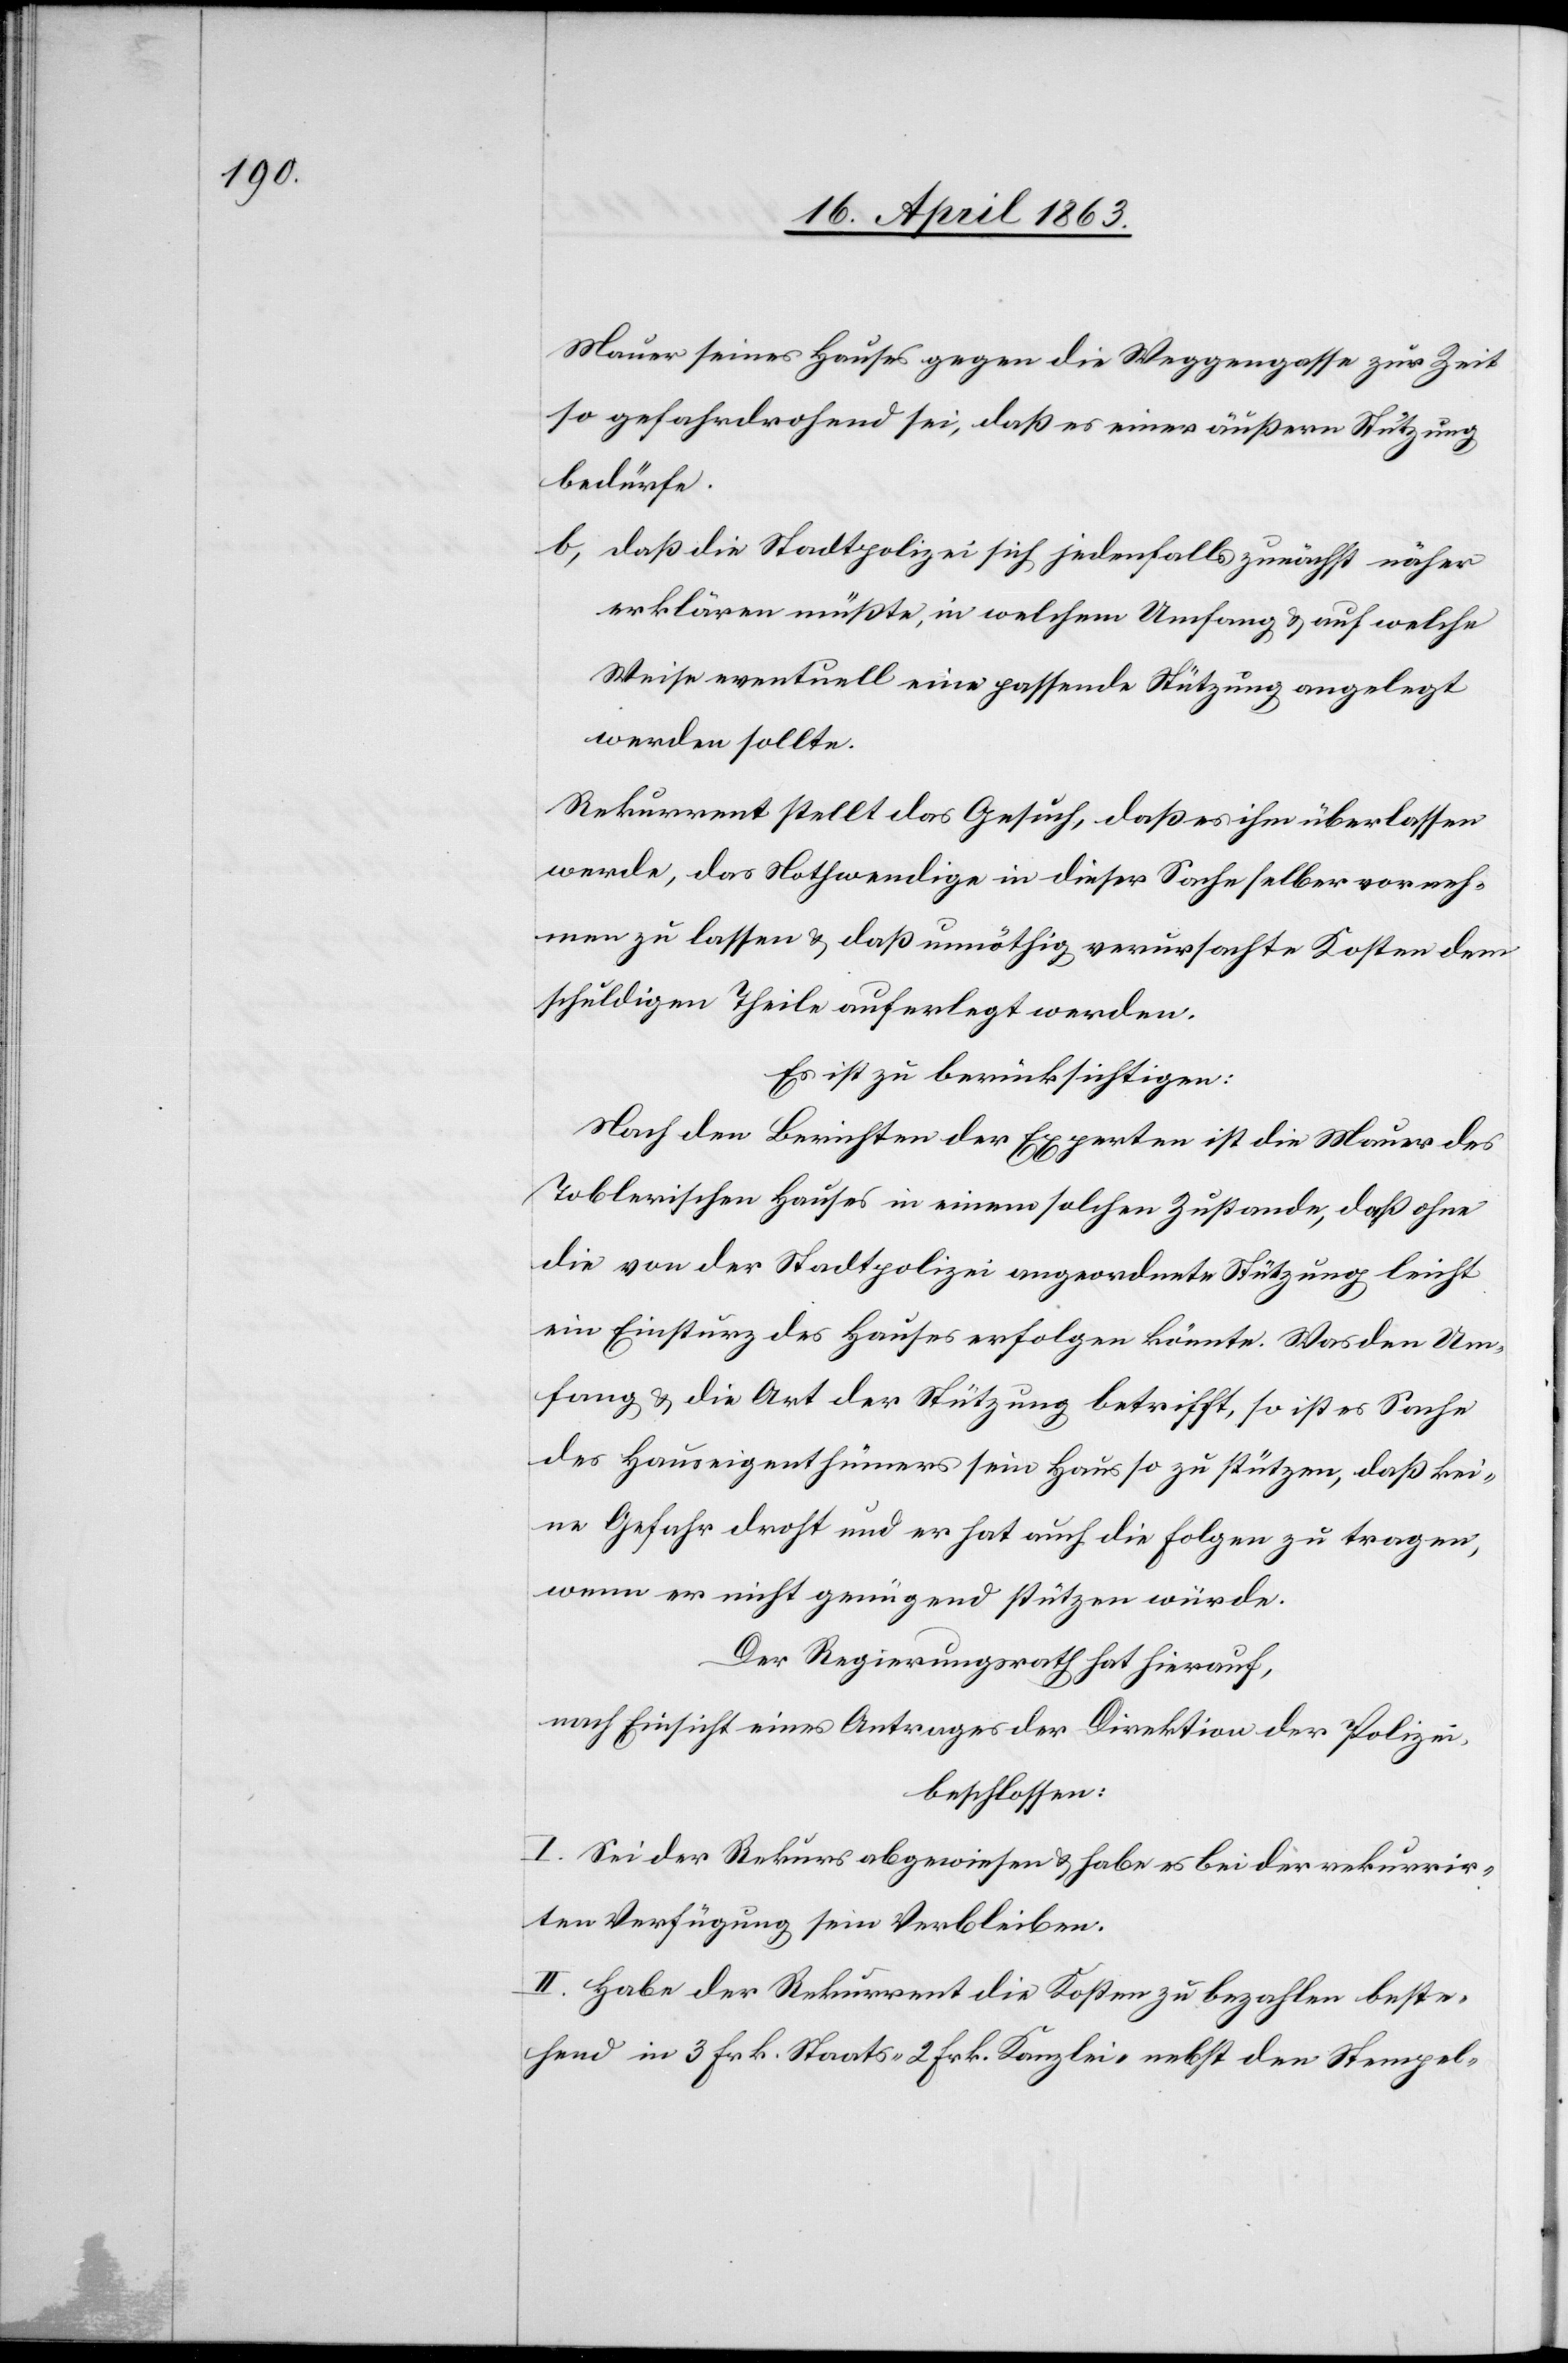
Mauer seines Hauses gegen die Weggengasse zur Zeit
so gefahrdrohend sei, daß es einer äußern Stützung
bedürfe.
b) daß die Stadtpolizei sich jedenfalls zunächst näher
erklären müßte, in welchem Umfang & auf welche
Weise eventuell eine passende Stützung angelegt
werden sollte.
Rekurrent stellt das Gesuch, daß es ihm überlassen
werde, das Nothwendige in dieser Sache selber vorneh¬
men zu lassen & daß unnöthig verursachte Kosten dem
schuldigen Theile auferlegt werden.
Es ist zu berücksichtigen:
Nach den Berichten der Experten ist die Mauer des
Toblerischen Hauses in einem solchen Zustande, daß ohne
die von der Stadtpolizei angeordnete Stützung leicht
ein Einsturz des Hauses erfolgen könnte. Was den Um¬
fang & die Art der Stützung betrifft, so ist es Sache
des Hauseigenthümers sein Haus so zu stützen, daß kei¬
ne Gefahr droht und er hat auch die Folgen zu tragen,
wenn er nicht genügend stützen würde.
Der Regierungsrath hat hierauf,
nach Einsicht eines Antrages der Direktion der Polizei,
beschlossen:
I. Sei der Rekurs abgewiesen & habe es bei der rekurrir¬
ten Verfügung sein Verbleiben.
II. Habe der Rekurrent die Kosten zu bezahlen beste¬
hend in 3 Frk. Staats-[,] 2 Frk. Kanzlei- nebst den Stempel-